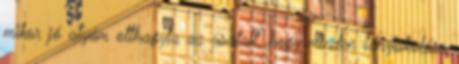
mikor jó atyám otthagyta az asztalt, hogy minden lányiskolára